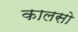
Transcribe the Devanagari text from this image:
कालसो